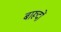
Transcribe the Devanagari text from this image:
बारूदों